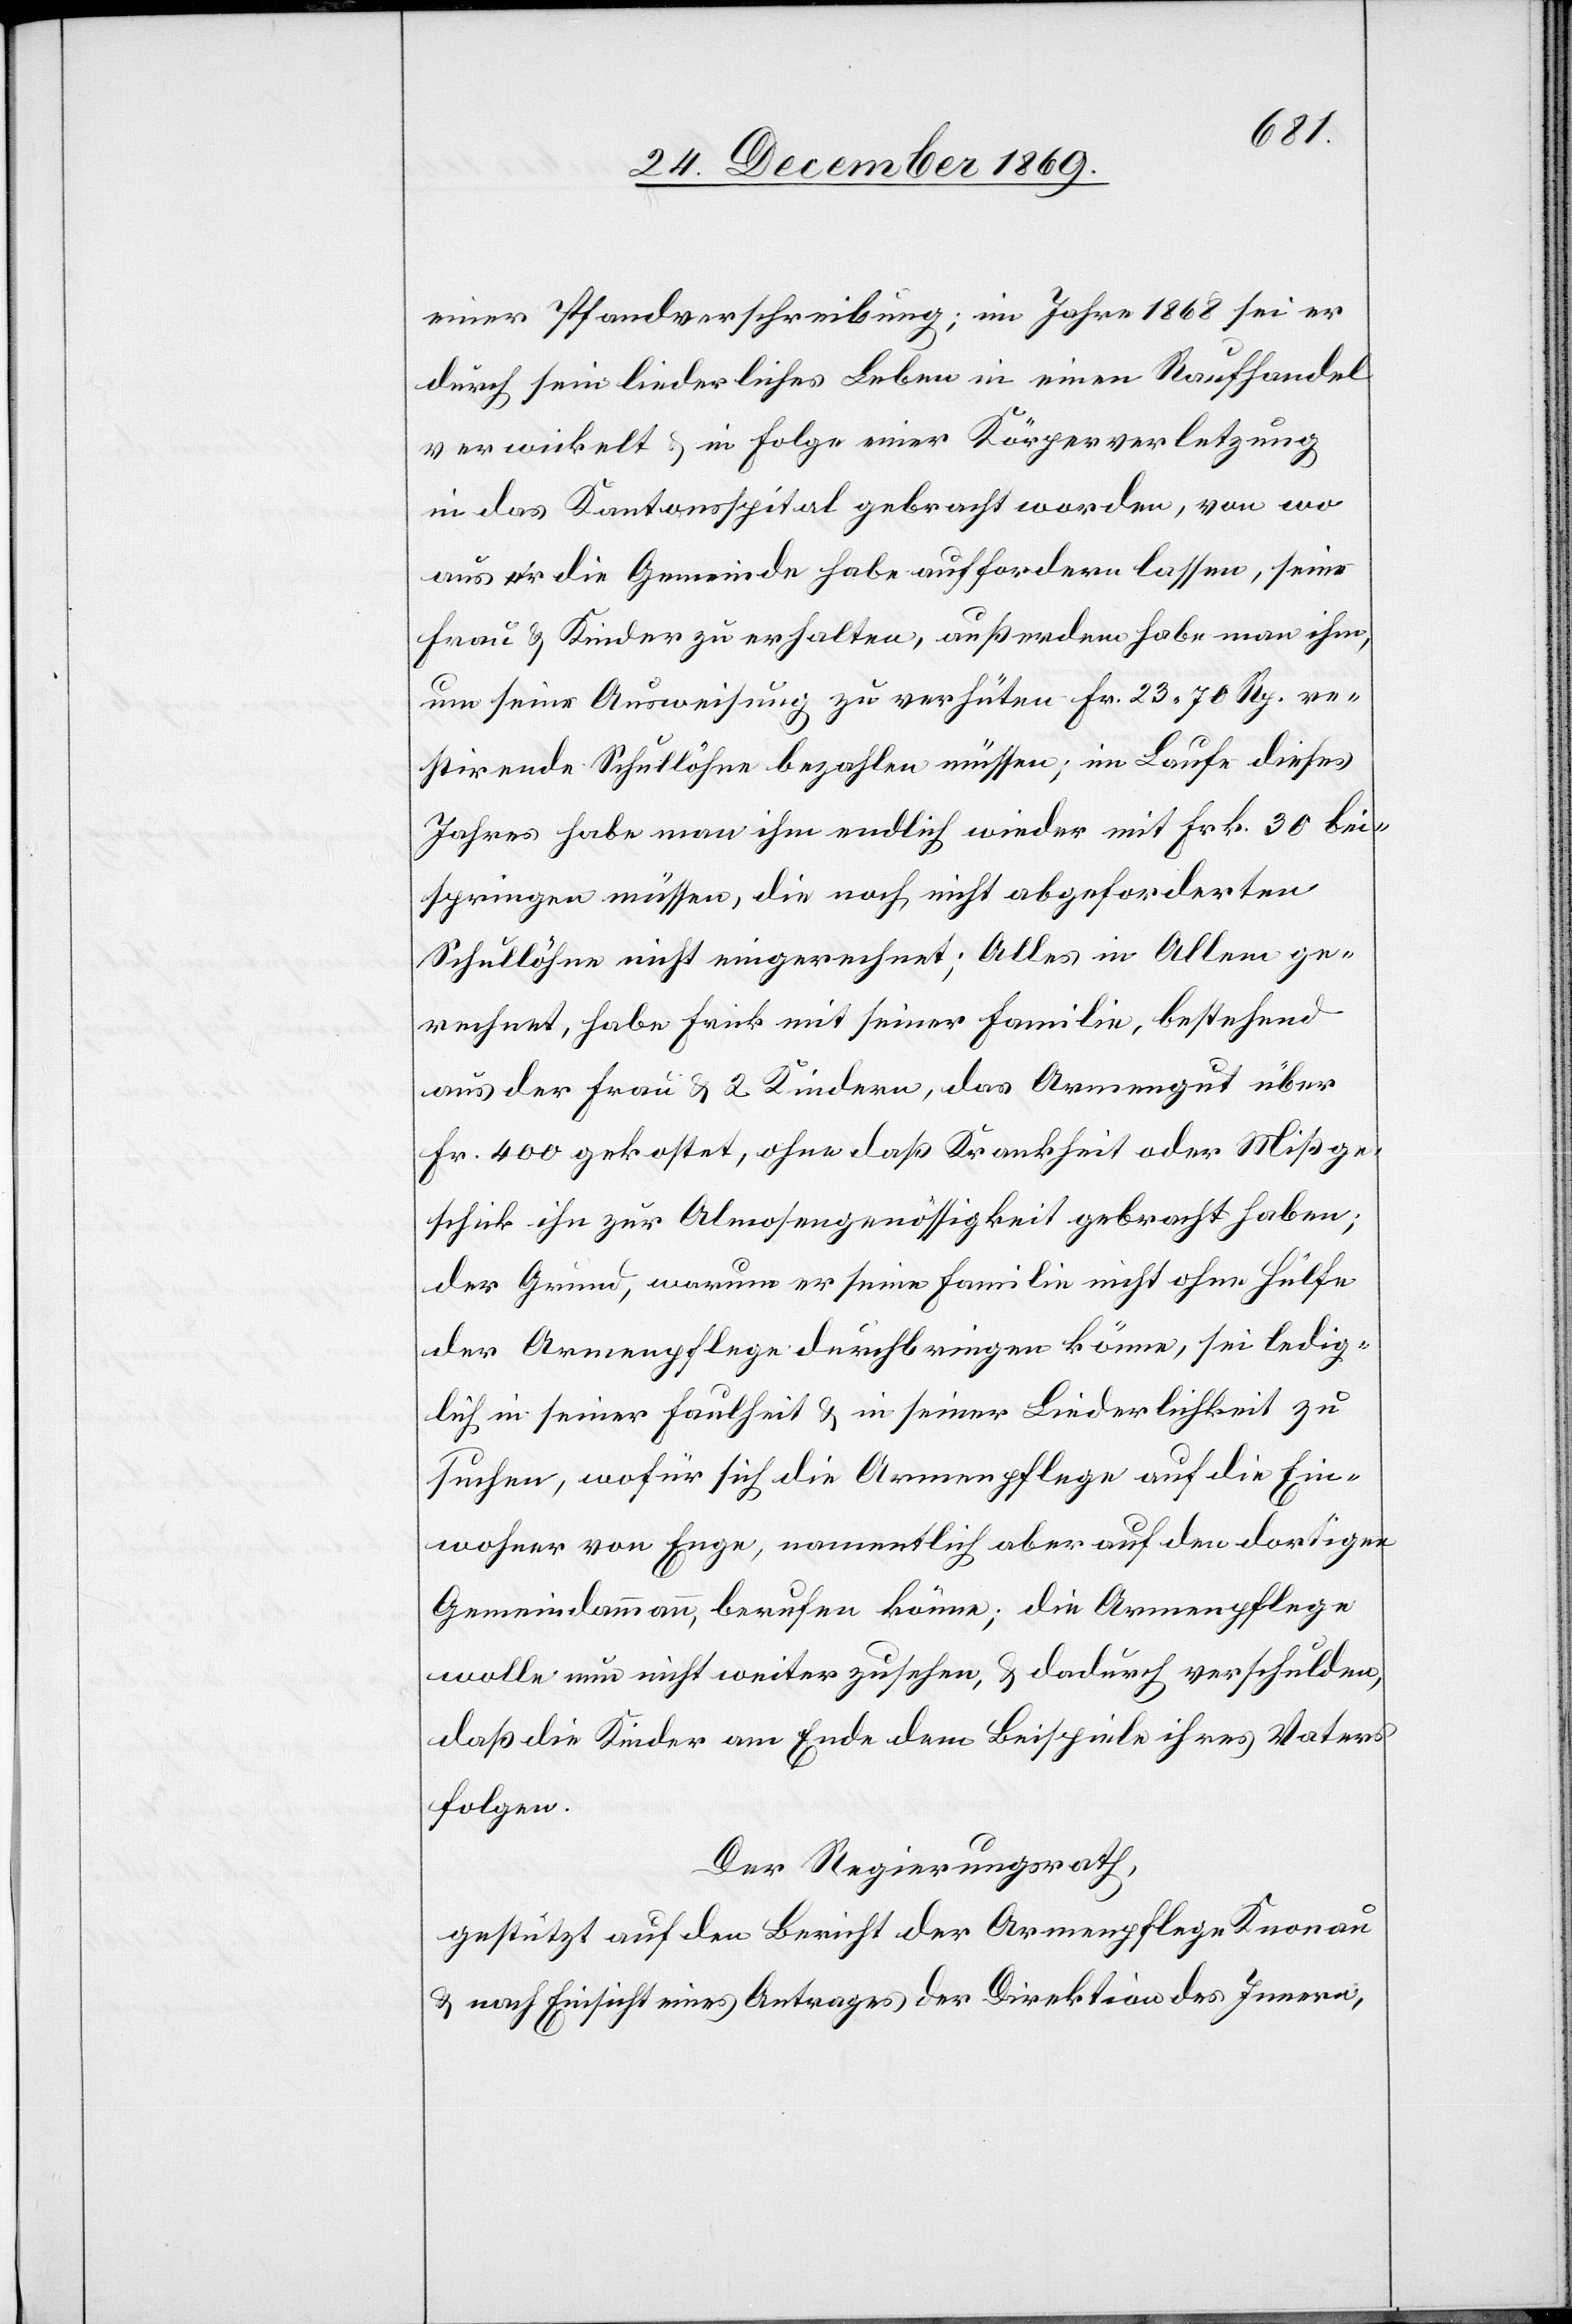
einer Pfandverschreibung; im Jahre 1868 sei er
durch sein liederliches Leben in einen Raufhandel
verwickelt & in Folge einer Körperverletzung
in das Kantonsspital gebracht worden, von wo
aus er die Gemeinde habe auffordern lassen, seine
Frau & Kinder zu erhalten, außerdem habe man ihm,
um seine Ausweisung zu verhüten Fr. 23 70 Rp. re¬
stirende Schullöhne bezahlen müssen; im Laufe dieses
Jahres habe man ihm endlich wieder mit Frk. 30 bei¬
springen müssen, die noch nicht abgeforderten
Schullöhne nicht eingerechnet; Alles in Allem ge¬
rechnet, habe Frick mit seiner Familie, bestehend
aus der Frau & 2 Kindern, das Armengut über
Fr. 400 gekostet, ohne daß Krankheit oder Mißge¬
schick ihn zur Almosengenössigkeit gebracht haben;
der Grund, warum er seine Familie nicht ohne Hülfe
der Armenpflege durchbringen könne, sei ledig¬
lich in seiner Faulheit & in seiner Liederlichkeit zu
suchen, wofür sich die Armenpflege auf die Ein¬
wohner von Enge, namentlich aber auf den dortigen
Gemeindammann, berufen könne; die Armenpflege
wolle nun nicht weiter zusehen, & dadurch verschulden,
daß die Kinder am Ende dem Beispiele ihres Vaters
folgen.
Der Regierungsrath,
gestützt auf den Bericht der Armenpflege Knonau
& nach Einsicht eines Antrages der Direktion des Innern,